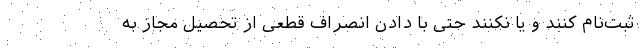
ثبت‌نام کنند و یا نکنند حتی با دادن انصراف قطعی از تحصیل مجاز به